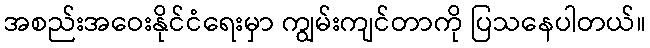
အစည်းအဝေးနိုင်ငံရေးမှာ ကျွမ်းကျင်တာကို ပြသနေပါတယ်။